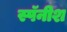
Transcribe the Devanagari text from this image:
स्पॅनीश